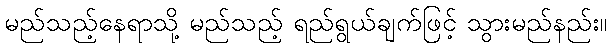
မည်သည့်နေရာသို့ မည်သည့် ရည်ရွယ်ချက်ဖြင့် သွားမည်နည်း။